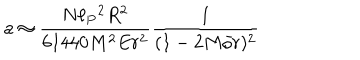
a \approx { \frac { N \ell _ { P } { } ^ { 2 } R ^ { 2 } } { 6 1 4 4 0 M ^ { 2 } E r ^ { 2 } } } { \frac { 1 } { ( 1 - 2 M / r ) ^ { 2 } } }